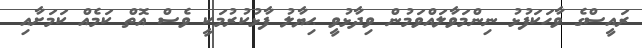
ރައީސްގެ ވާހަކަފުޅު ނިންމަވާލައްވަމުން ވިދާޅުވީ ޙިޔާލު ފާޅުކުރުމަކީ ވެސް އޮތް ކަމެއް ކަމަށާއި